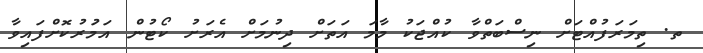
ތ. ތިމަރަފުއްޓަށް ނިސްބަތްވާ ކުއްޖަކު މާމަ އަތަށް ދިނުމަށް އެރަށު ކޯޓުން އަމުަރުކޮށްފައިވާ